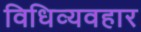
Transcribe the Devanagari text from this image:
विधिव्यवहार